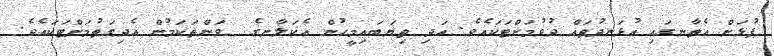
ފުޅަށް އެތާނގައި އުޅަނދުތައް ދުވުމަށްޓަކައެވެ. އަދި ތިޔަބައިމީހުން އެކަލާނގެ  ވަންތަކަމުން އެދިގަތުމަށްޓަކައެވެ.